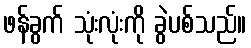
ဖန်ခွက် သုံးလုံးကို ခွဲပစ်သည်။